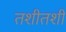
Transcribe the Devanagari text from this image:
तशीतशी